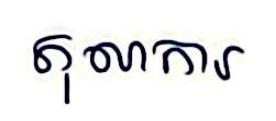
តុលាការ